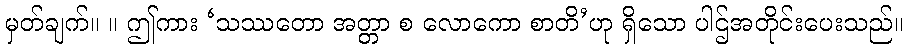
မှတ်ချက်။ ။ ဤကား ‘သဿတော အတ္တာ စ လောကော စာတိ’ဟု ရှိသော ပါဌ်အတိုင်းပေးသည်။